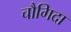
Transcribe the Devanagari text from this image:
चौगिदा